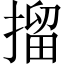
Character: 㨨